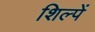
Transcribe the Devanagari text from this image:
शिल्पें